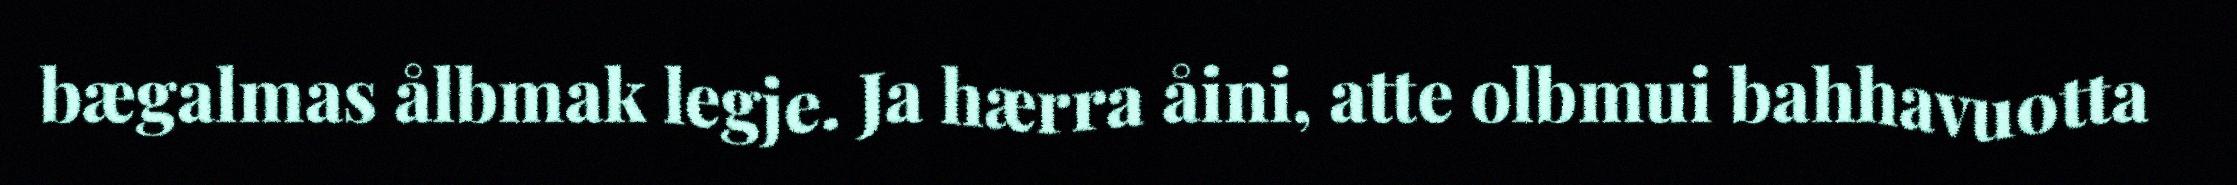
bægalmas ålbmak legje. Ja hærra åini, atte olbmui bahhavuotta